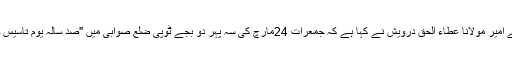
2016ء )جے یو آئی صوبہ خیبر پختونخوا کے نائب اور ضلع صوابی کے امیر مولانا عطاء الحق درویش نے کہا ہے کہ جمعرات 24مارچ کی سہ پہر دو بجے ٹوپی ضلع صوابی میں ''صد سالہ یوم تاسیس جمعیت''کانفرنس صوبے میں جے یو آئی کے لئے سنگ میل ثابت ہو گی۔